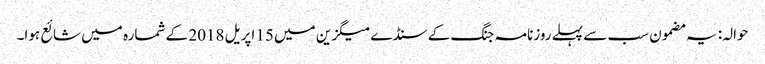
حوالہ: یہ مضمون سب سے پہلے روزنامہ جنگ کے سنڈے میگزین میں 15 اپریل 2018 کے شمارہ میں شائع ہوا۔